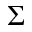
\Sigma